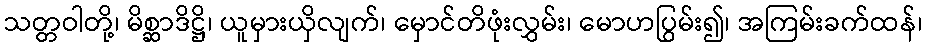
သတ္တဝါတို့၊ မိစ္ဆာဒိဋ္ဌိ၊ ယူမှားယှိလျက်၊ မှောင်တိဖုံးလွှမ်း၊ မောဟပြွမ်း၍၊ အကြမ်းခက်ထန်၊